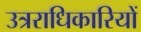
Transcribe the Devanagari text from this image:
उत्रराधिकारियों